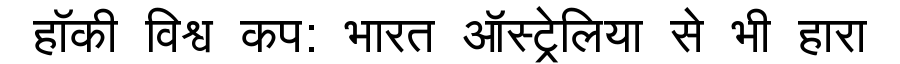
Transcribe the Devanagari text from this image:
हॉकी विश्व कप: भारत ऑस्ट्रेलिया से भी हारा